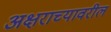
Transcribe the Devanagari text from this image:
अक्षराच्यावरील